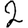
Digit: 2